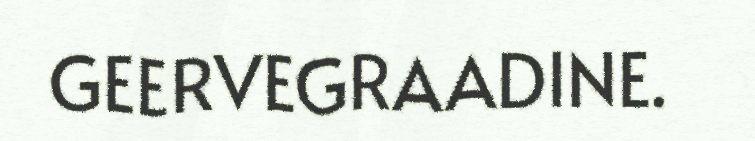
GEERVEGRAADINE.